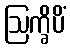
ဩက္ခိပိံ